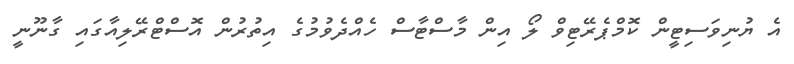
އެ ޔުނިވަސިޓީން ކޮމްޕެރޭޓިވް ލޯ އިން މާސްޓާސް ހެއްދެވުމުގެ އިތުރުން އޮސްޓްރޭލިއާގައި ގާނޫނީ